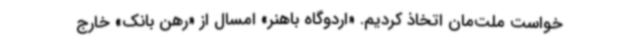
خواست ملت‌مان اتخاذ کردیم. «اردوگاه باهنر» امسال از «رهن بانک» خارج